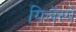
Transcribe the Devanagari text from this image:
गिलेस्पे